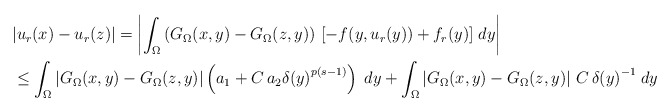
\begin{align*}& |u_r(x)-u_r(z)| = \left|\int_\Omega\left(G_\Omega(x,y)-G_\Omega(z,y)\right)\,[-f(y,u_r(y))+f_r(y)]\;dy\right|\\& \leq \int_\Omega\left|G_\Omega(x,y)-G_\Omega(z,y)\right|\left(a_1+C\,a_2{\delta(y)}^{p(s-1)}\right)\;dy +\int_\Omega\left|G_\Omega(x,y)-G_\Omega(z,y)\right|\,C\,{\delta(y)}^{-1}\;dy \\\end{align*}